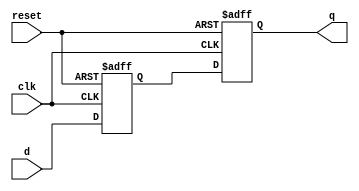
module d_flip_flop_delay (
    input wire clk,
    input wire reset,
    input wire d,
    output reg q
);

reg delayed_d;

always @ (posedge clk or posedge reset) begin
    if (reset) begin
        q <= 1'b0;
        delayed_d <= 1'b0;
    end else begin
        delayed_d <= d; // Delayed input signal implementation
        q <= delayed_d;
    end
end

endmodule